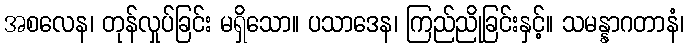
အစလေန၊ တုန်လှုပ်ခြင်း မရှိသော။ ပသာဒေန၊ ကြည်ညိုခြင်းနှင့်။ သမန္နာဂတာနံ၊